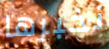
نخبرها